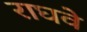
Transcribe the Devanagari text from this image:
राघवे